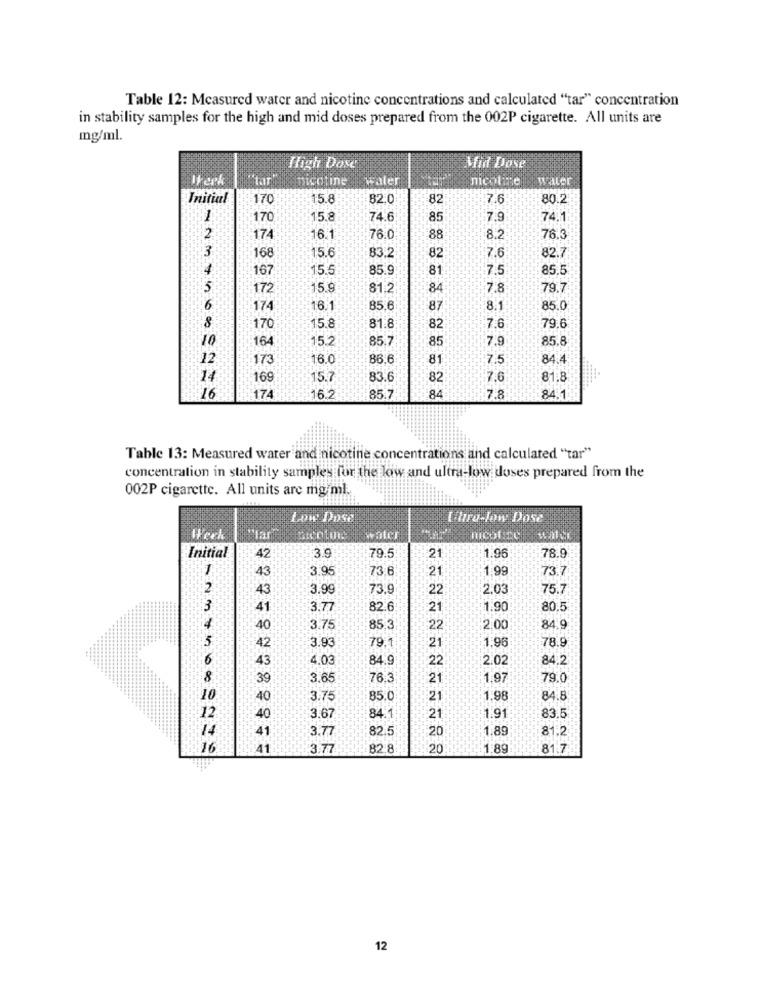
Table 12: Measured water and nicotine concentrations and calculated "tar" concentration
in stability samples for the high and mid doses prepared from the 002P cigarette. All units are
mg/ml.
High Dose
Midt Dose
IFerk
nicotine
Water
nicotine
Initial
170
15.8
82.0
82
7.6
80.2
170
15.8
74.6
85
7.9
74.1
2
174
16.1
76.0
88
8.2
76.
3
15.6
7.6
82.
168
83.2
82
167
15.5
85.9
81
7.5
85.5
$5
172
15.9
81.2
84
7.8
79.
6
174
16.1
85.6
87
81
85.0
8
170
15.8
81.8
82
7.6
79.6
10
164
15.2
85.7
85
7.9
85.
12
173
16.0
86.6
81
7.5
84.
14
169
15.7
83.6
82
7.6
81.8
174
16
16.2
85.7
7.8
84.1
Table 13: Measured water and nicotine concentrations and calculated "tar"
concentration in stability samples for the low and ultra-low doses prepared from the
002P cigarette. All units are mg/ml.
Low Dose
Uhrd-low Dose
Werk
iter
3.9
Initial
42
79.5
21
1.96
78.9
43
3.95
73.6
21
1.99
73.
2
43
3.99
73.9
22
2,03
75.7
:3
41
3.77
82.6
21
1.90
80.5
40
3.75
85 3
22
2.00
84.9
42
3.93
79.
1.96
78.9
21
43
4.03
84.9
22
2.02
84.2
8
39
3.65
76.3
21
1.97
79.0
10
:40
3.75
85.0
21
1.98
84.8
12
1.91
40
3.67
84.1
:21
83.5
41
3.77
82.5
20
1.89
81.2
16
41
3.77
82.8
20
1.89
81.7.
12